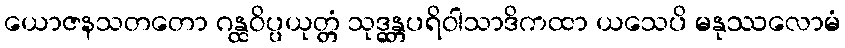
ယောဇနသတတော ဂန္ထဝိပ္ပယုတ္တံ သုဒ္ဓန္တပရိဝါသာဒိကထာ ယသေပိ မနုဿလောမံ